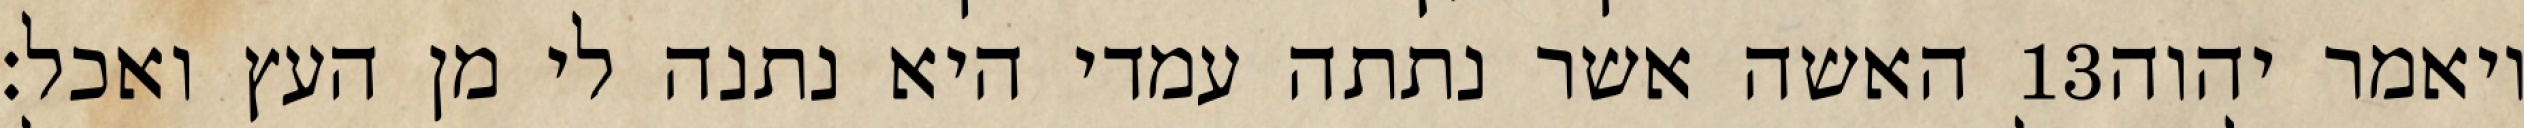
האשה אשר נתתה עמדי היא נתנה לי מן העץ ואכל׃ ‎13‏ ויאמר יהוה